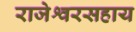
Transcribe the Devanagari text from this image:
राजेश्वरसहाय